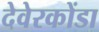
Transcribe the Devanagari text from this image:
देवेरकोंडा